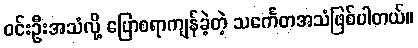
ဝင်းဦးအသံလို့ ပြောစရာကျန်ခဲ့တဲ့ သင်္ကေတအသံဖြစ်ပါတယ်။